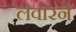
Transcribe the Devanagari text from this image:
लंवारने